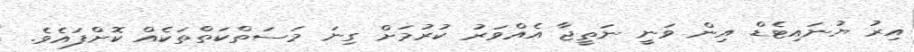
އިރު ޔުނައިޓެޑް އިން ވަނީ ނަތީޖާ އެއްވަރު ކުރުމަށް ގިނަ މަސަތްކަތްތަކެއް ކޮށްފައެވެ.